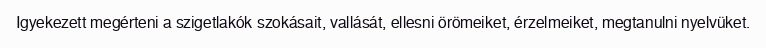
Igyekezett megérteni a szigetlakók szokásait, vallását, ellesni örömeiket, érzelmeiket, megtanulni nyelvüket.